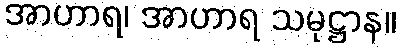
အာဟာရ၊ အာဟာရ သမုဋ္ဌာန။